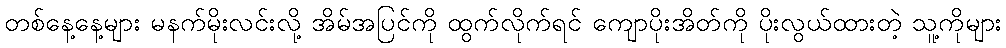
တစ်နေ့နေ့များ မနက်မိုးလင်းလို့ အိမ်အပြင်ကို ထွက်လိုက်ရင် ကျောပိုးအိတ်ကို ပိုးလွယ်ထားတဲ့ သူ့ကိုများ